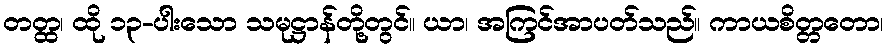
တတ္ထ၊ ထို ၁၃-ပါးသော သမုဋ္ဌာန်တို့တွင်။ ယာ၊ အကြင်အာပတ်သည်။ ကာယစိတ္တတော၊